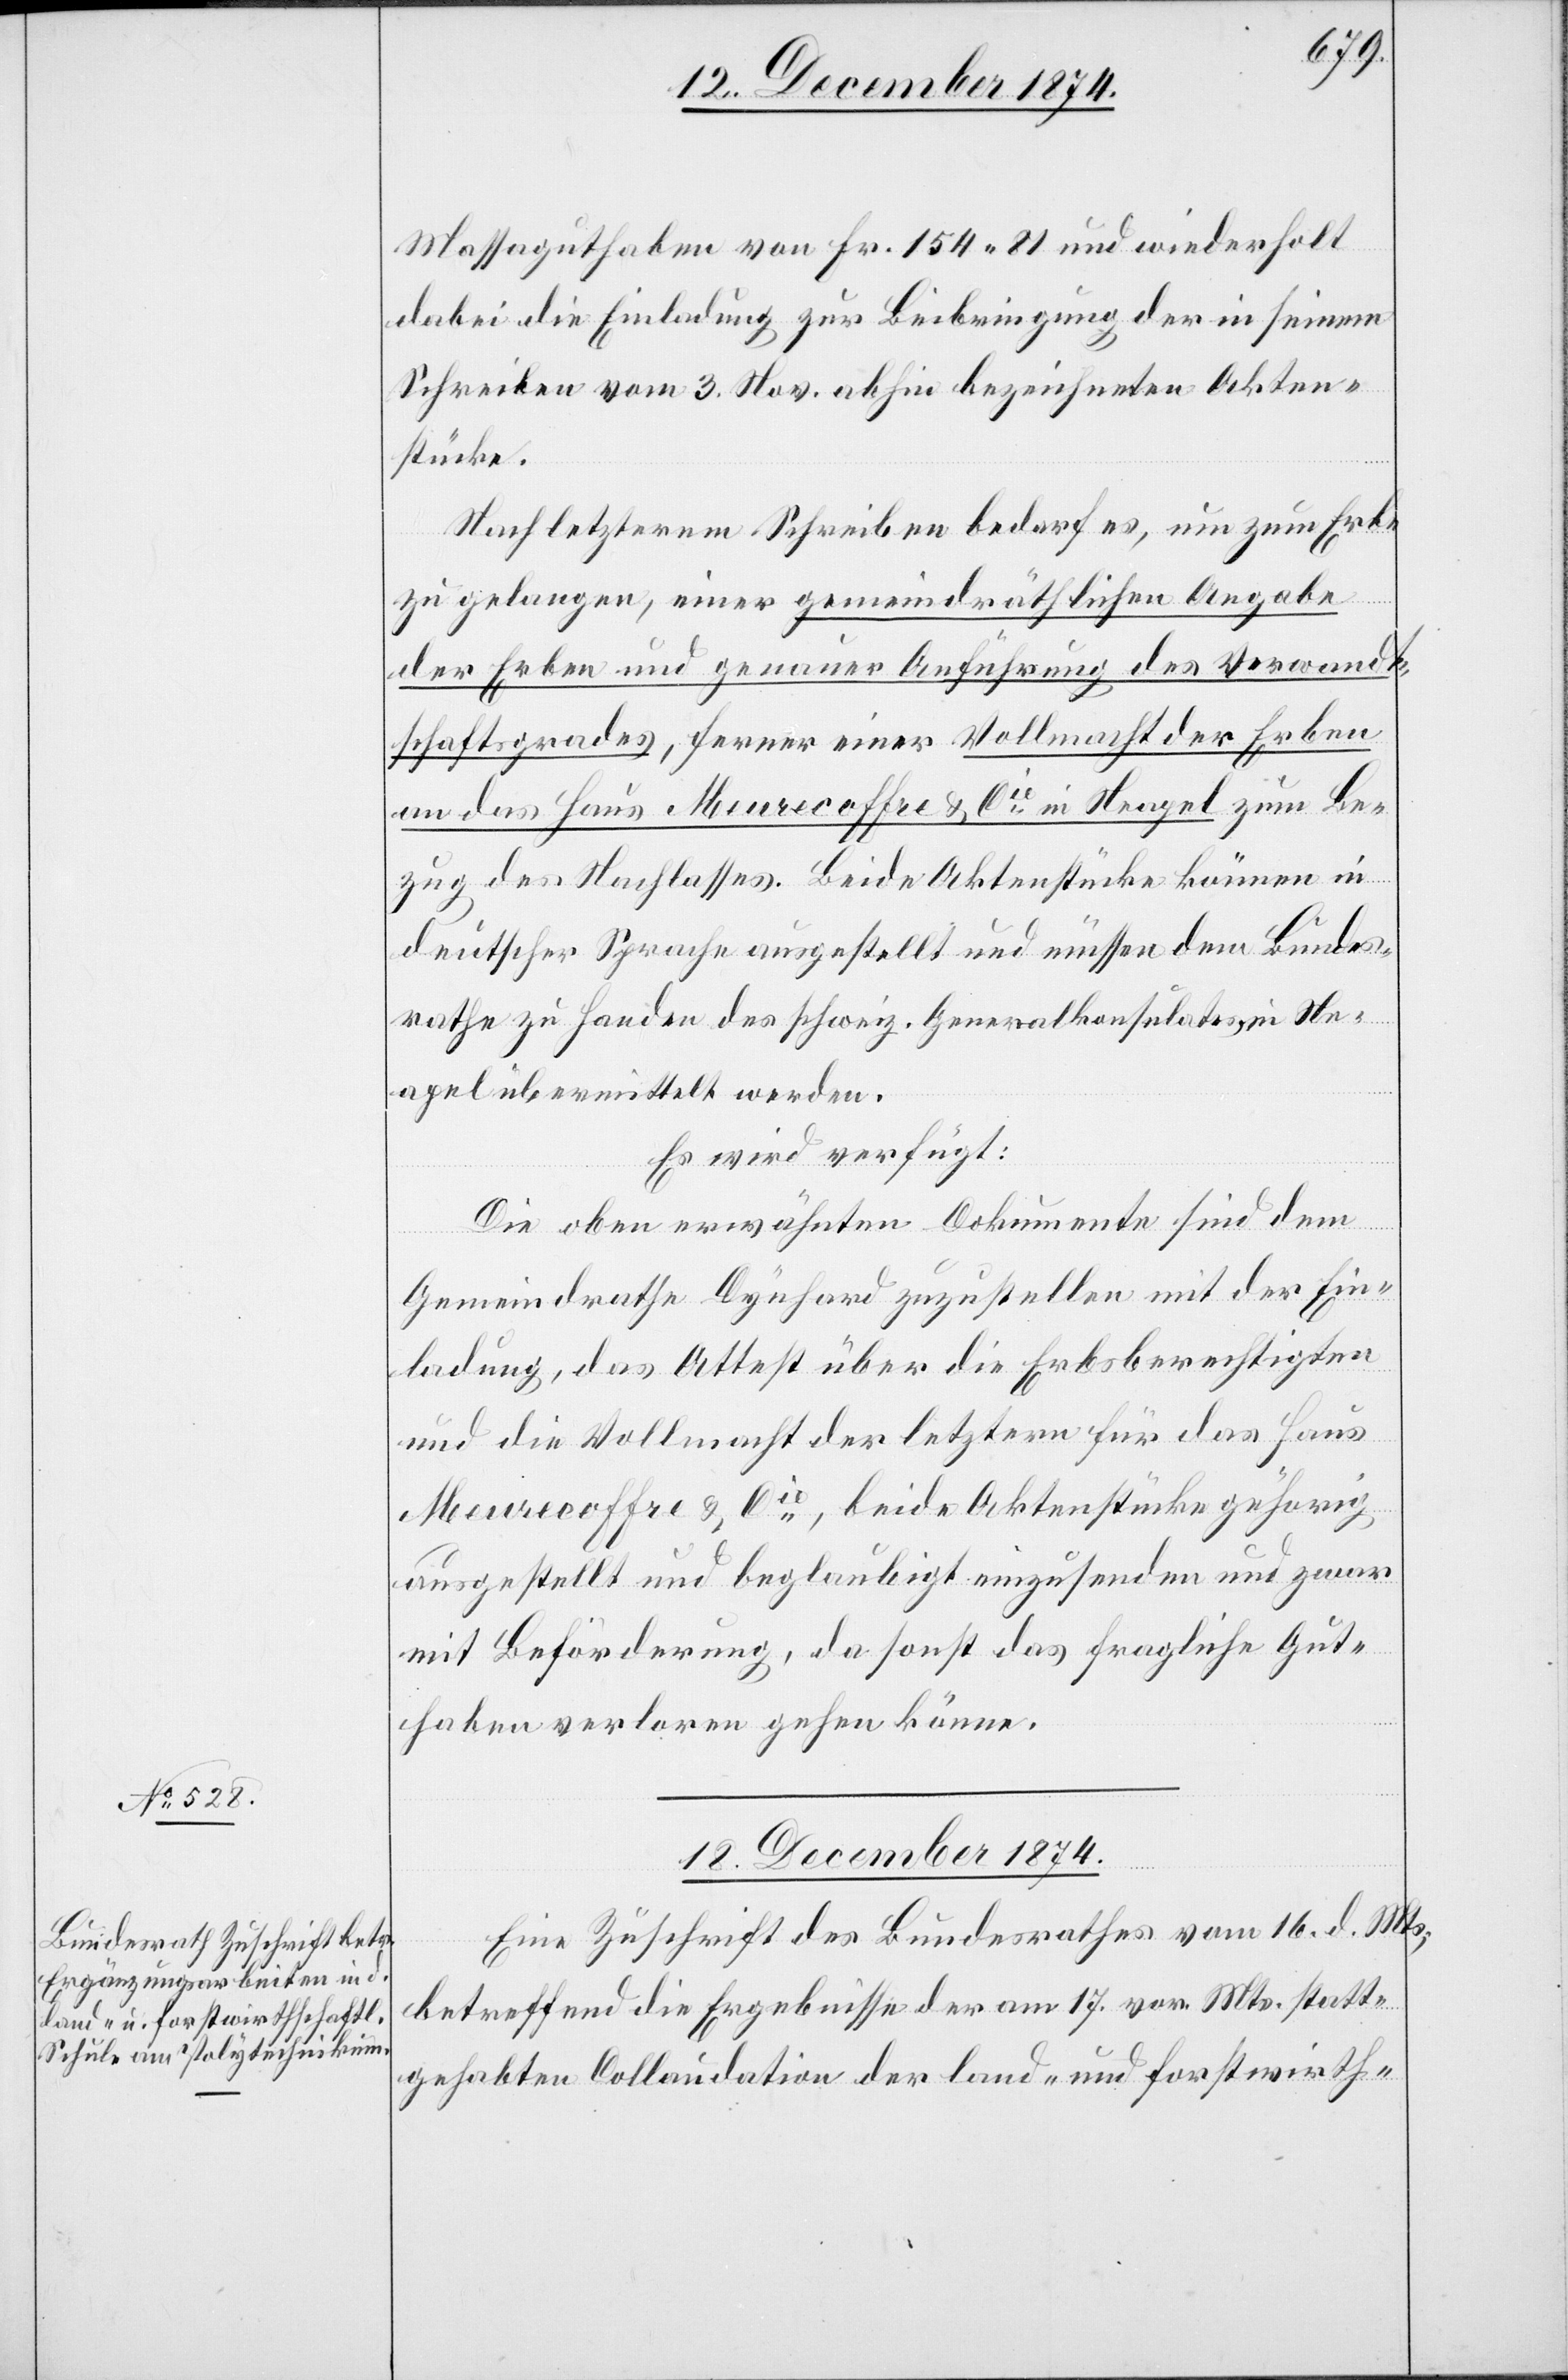
Massaguthaben von Fr. 154.81 und wiederholt
dabei die Einladung zur Beibringung der in seinem
Schreiben vom 3. Nov. abhin bezeichneten Akten¬
stücke.
Nach letzterem Schreiben bedarf es, um zum Erbe
zu gelangen, einer gemeindräthlichen Angabe
der Erben und genauer Anführung des Verwandt¬
schaftsgrades, ferner einer Vollmacht der Erben
an das Haus Meurecoffre & Cie in Neapel zum Be¬
zug des Nachlasses. Beide Aktenstücke können in
deutscher Sprache ausgestellt und müssen dem Bundes¬
rathe zu Handen des schweiz. Generalkonsulates in Ne¬
apel übermittelt werden.
Es wird verfügt:
Die oben erwähnten Dokumente sind dem
Gemeindrathe Dynhard zuzustellen mit der Ein¬
ladung, das Attest über die Erbsberechtigten
und die Vollmacht der letztern für das Haus
Meurecoffre & Cie, beide Aktenstücke gehörig
ausgestellt und beglaubigt einzusenden und zwar
mit Beförderung, da sonst das fragliche Gut¬
haben verloren gehen könne.
18. Dezember 1874.
Eine Zuschrift des Bundesrathes vom 16. d. Mts.,
betreffend die Ergebnisse der am 17. vor. Mts. statt¬
gehabten Collaudation der land- und forstwirth-